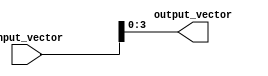
module PartSelectExample (
    input  [7:0] input_vector,  // 8-bit input vector
    output [3:0] output_vector   // 4-bit output vector
);

// Continuous assignment using part select to assign bits [3:0] of input_vector to output_vector
assign output_vector = input_vector[3:0];

endmodule